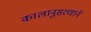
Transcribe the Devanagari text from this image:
कालानुसरणाने